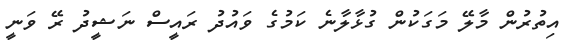
އިތުރުން މާލޭ މަގަކުން ގުޅާލާނެ ކަމުގެ ވައުދު ރައީސް ނަޝީދު ރޭ ވަނީ